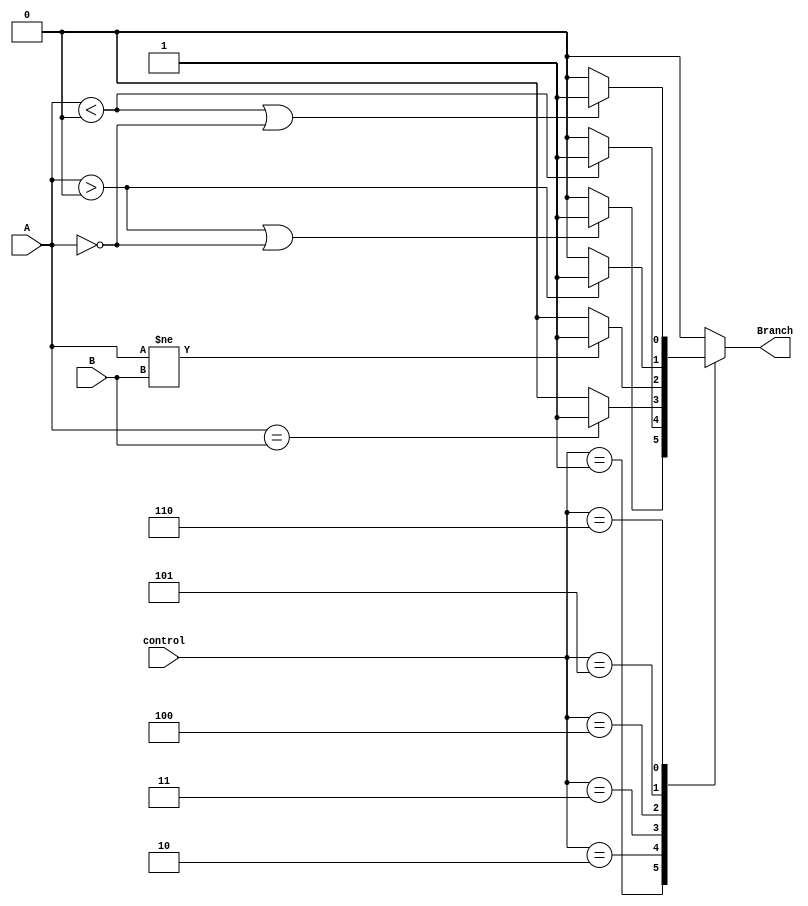
`timescale 1ns / 1ps
//////////////////////////////////////////////////////////////////////////////////
// Company: 
// Engineer: 
// 
// Design Name: 
// Module Name: Branch
// Project Name: 
// Target Devices: 
// Tool Versions: 
// Description: 
// 
// Dependencies: 
// 
// Revision:
// Revision 0.01 - File Created
// Additional Comments:
// 
//////////////////////////////////////////////////////////////////////////////////


module Branch(control, A, B, Branch);
    input [2:0] control;
    input [31:0] A, B;
    output reg Branch;
    
    always @ (control, A, B) begin
        case(control)
            3'd0: begin
                        Branch <= 0;
                    end
            3'd1:begin // bgez
                        if (($signed(A) > 0) || (A == 0)) begin
                            Branch <= 1;
                        end
                        else begin
                            Branch <= 0;
                        end
                     end
            3'd2:begin // bltz
                        if ($signed(A) < 0) begin
                            Branch <= 1;
                        end
                        else begin
                            Branch <= 0;
                        end
                     end         
            3'd3:begin // beq
                        if (A == B) begin
                            Branch <= 1;
                        end
                        else begin
                            Branch <= 0;
                        end
                     end
            3'd4:begin // bne
                        if (A != B) begin
                            Branch <= 1;
                        end
                        else begin
                            Branch <= 0;
                        end
                     end
            3'd5:begin // bgtz
                        if ($signed(A) > 0) begin
                            Branch <= 1;
                        end
                        else begin
                            Branch <= 0;
                        end
                     end
            3'd6:begin // blez
                        if ($signed(A) < 0 || A == 0) begin
                            Branch <= 1;
                        end
                        else begin
                            Branch <= 0;
                        end
                     end
            default: Branch <= 0;
        endcase
    end
endmodule